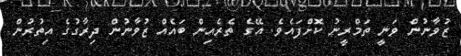
ޒުވާނުން ވަނީ ތަމްރީނު ކޮށްފައެވެ. އޭގެ ތެރެއިން ބައެއް ޒުވާނުން ދިރާގުގެ އިތުރުން